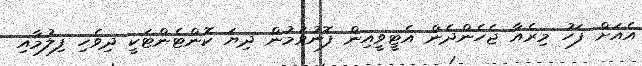
އެއަށް ފަހު މިރެއާ ޖެހެންދެން އެޓީވީއިން ފޮނުވަމުން ދިޔަ ކޮންޓެންޓަކީ ދިވެހި ފިލުމާއި